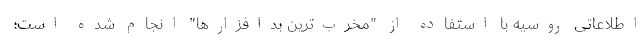
اطلاعاتی روسیه با استفاده از "مخرب‌ترین بدافزارها" انجام شده است؛